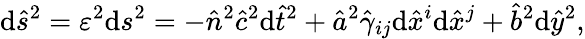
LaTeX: \mathrm{d}\hat{{s}}^{2}=\varepsilon^{2}\mathrm{d}s^{2}=-\hat{{n}}^{2}\hat{{c}}^{2}\mathrm{d}\hat{{t}}^{2}+\hat{{a}}^{2}\hat{{\gamma}}_{ij}\mathrm{d}\hat{{x}}^{i}\mathrm{d}\hat{{x}}^{j}+\hat{{b}}^{2}\mathrm{d}\hat{{y}}^{2},